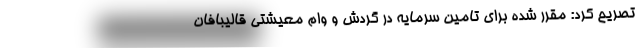
تصریح کرد: مقرر شده برای تامین سرمایه در گردش و وام معیشتی قالیبافان